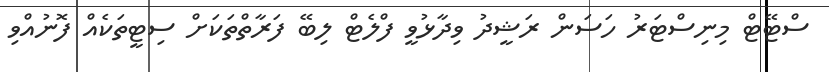
ސްޓޭޓް މިނިސްޓަރު ހަސަން ރަޝީދު ވިދާޅުވީ ފްލެޓް ލިބޭ ފަރާތްތަކަށް ސިޓީތަކެއް ފޮނުއްވި